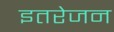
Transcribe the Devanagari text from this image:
इतरेजन